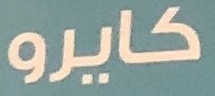
كايرو